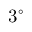
3 ^ { \circ }